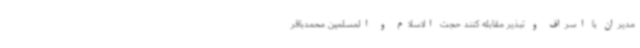
مدیران با اسراف و تبذیر مقابله کنند حجت الاسلام و المسلمین محمدباقر